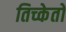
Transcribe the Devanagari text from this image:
तिच्केतों